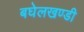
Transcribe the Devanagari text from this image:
बघेलखण्डी